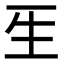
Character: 𤯔